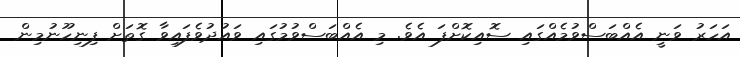
އަހަރު ވަނީ އެއްބަސްވުމެއްގައި ސޮއިކޮށްފަ އެވެ. މި އެއްބަސްވުމުގައި ވައުދުވެފައިވާ ގޮތަށް ފިނިހޫނުމިން